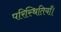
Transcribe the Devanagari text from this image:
परिस्थितियाँ।